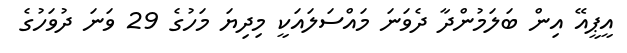
އީޕީއޭ އިން ބަލަމުންދާ ދެވަނަ މައްސަލައަކީ މިދިޔަ މަހުގެ 29 ވަނަ ދުވަހުގެ